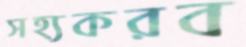
সহ্যকরব